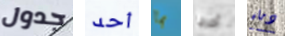
جدول أحد بما أخرجا دماء